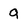
Character: 9